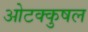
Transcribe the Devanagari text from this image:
ओटक्कुषल